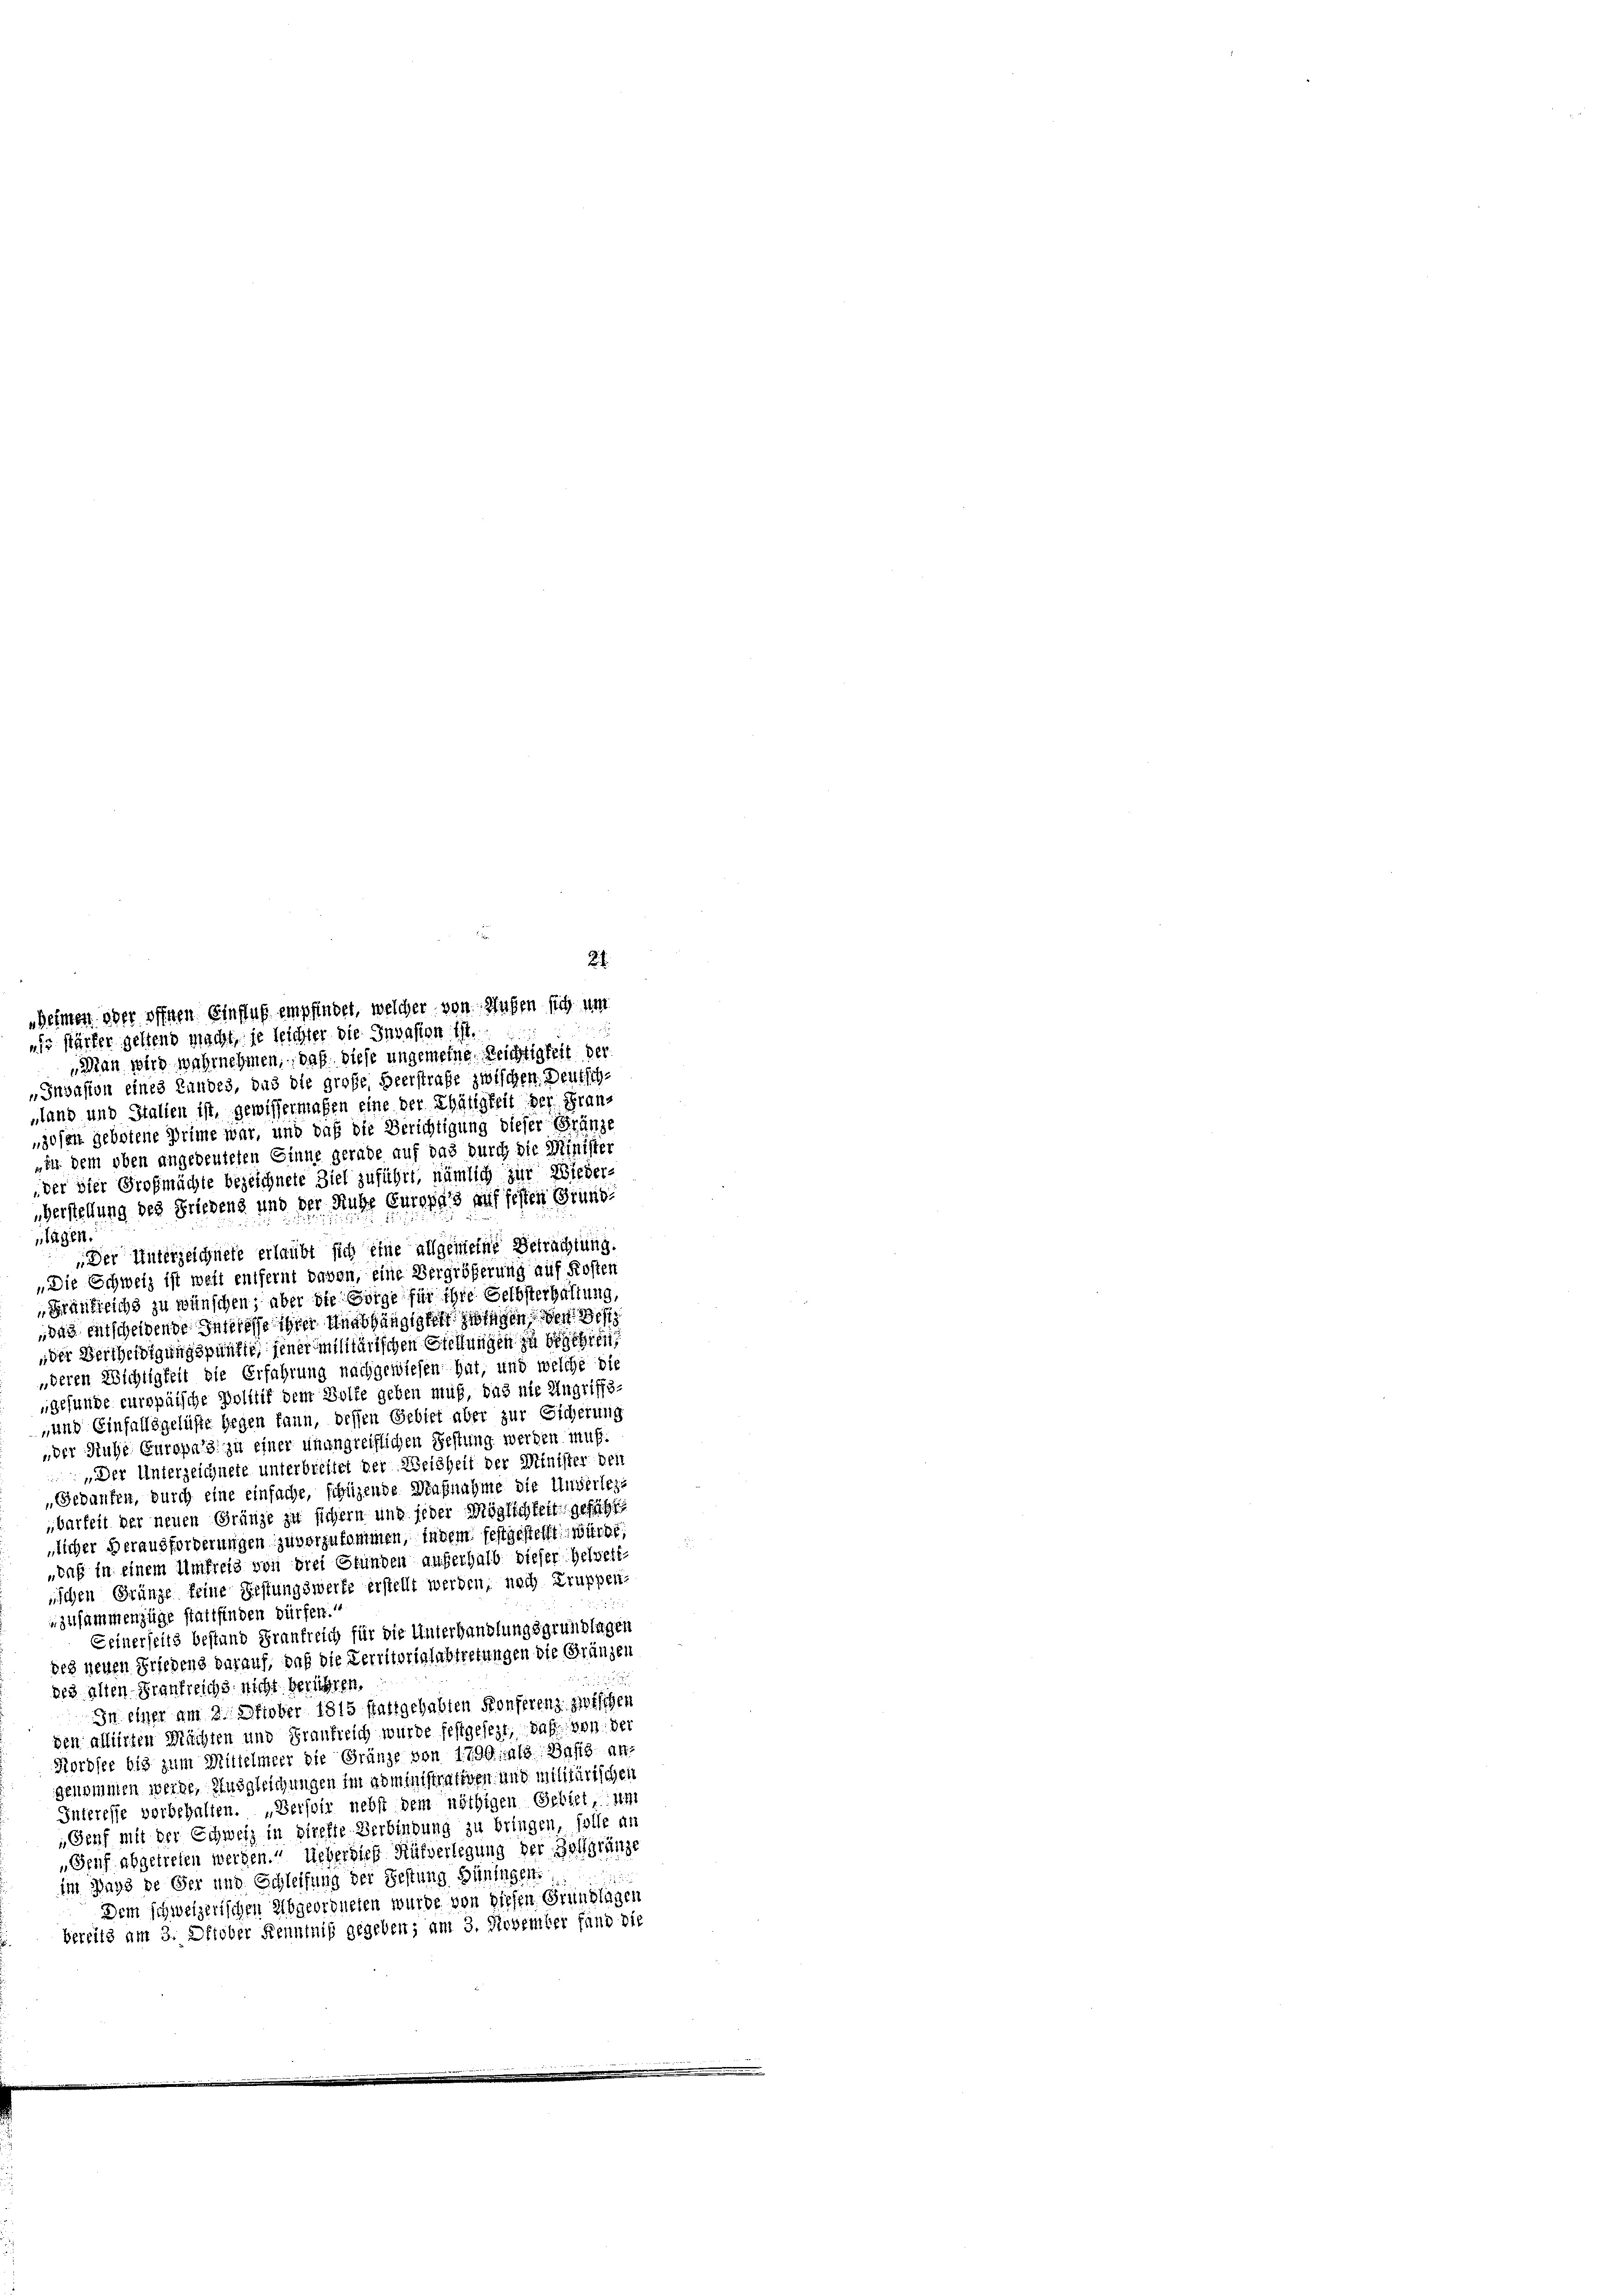
Juvasion eines Zundes, das die große Heerstrafe zwischen Deutsch-
„tand und Italien ist, gewissermaßen eine der Thätigkeit der Franzosen gebotene Prime war, und daß die Berichtigung dieser Gränze
„ihr dem oben angedeuteten Einne gerade auf das durch die Minister
der vier Großmächte bezeichnete Ziel zuführt, nämlich zur Wieder-
Verstellung des Friedens und der Ruhe Europas auf festen Grund
tägen.
 Der Unterzeichnete erlaubt sich eine allgemeine Betrachtung.
„Die Schweiz ist weit entfernt davon, eine Bergrößerung auf Kosten
„Frankreichs zu wünschen; aber die Sorge für ihre Selbsterhaltung,
das entscheidende Interesse ihrer Unabhängigkeit zwingen den Gest
der Vertheidigungspunkte, jener militärischen Stellungen zu begehren,
„deren Wichtigkeit die Erfahrung nachgewiesen hat, und welche die
gefunde europäische Politif dem Volke geben muß, das nie Angriffs-
„und Einfallsgelüste gegen kann, dessen Gebiet aber zur Sicherung
„der Ruhe Europals zu einer unangreiflichen Festung werden muß.
Der Unterzeichnete unterbreitet der Weisheit der Minister den
„Gedanken, durch eine einfache, fähigende Aufnahme die Unverlege
barkeit der neuen Gränze zu sichern und jeder Möglichkeit gefügt
licher Herausforderungen zu vorzukommen, indem festgestellt würde
daß in einem Umfreis von drei Grunden auferhalb dieser Helvett-
nischen Gränze feine Festungswerfe erstellt werden, noch Gruppen-
zusammenzüge stattfinden dürfen.“
Seinerseits bestand Frankreich für die Unterhandlungsgrundlagen
des neuen Friedens darauf, daß die Territoriglabtretungen die Gränzen
des alten Frankreichs nicht berühren.
In einer am 2. Oktober 1815 stattgehabten Konferenz zwischen
den alliirten Mächten und Frankreich wurde festgesezt, daß von der
Kordsee bis zum Mittelmeer die Gränze von 1790 als Basis an-
genommen werde. Ausgleichungen im administrativen und militärischen
Interesse vorbehalten. „Verseit nebst dem nöthigen Gebiet, um
Genf mit der Schweiz in direkte Verbindung zu bringen, solle an
Senf abgetreten werden. Ueberdieß Rätverlegung der Zollgränze
im Mays de Ger und Schleifung der Festung Hüningen.
Dem schweizerischen Abgeordneten wurde von diesen Grundlagen
bereits am 3. Oktober Kenntniß gegeben; am 3. November fand die

Heimen oder öffnen Einfluß empfindet, welcher von Hufen sich um
ais stärker geltend macht, je leichter die Invasion ist.
Man wird wahrnehmen, daß diese ungemeine Reichtigkeit der

21